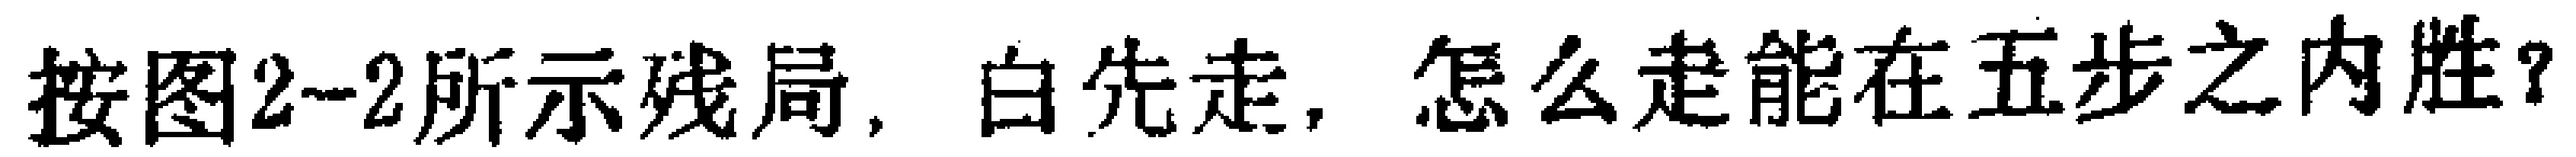
按图2-2所示残局，白先走，怎么走能在五步之内胜？